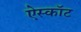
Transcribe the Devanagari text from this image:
ऐस्कॉट